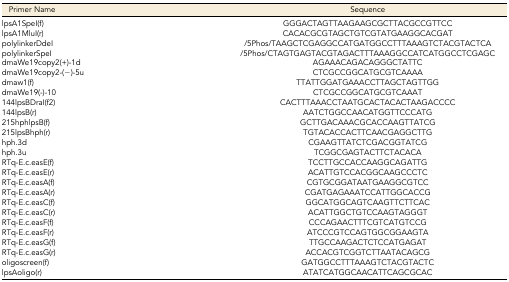
| Primer Name | Sequence |
 | --- | --- |
 | lpsA1SpeI(f) | GGGACTAGTTAAGAAGCGCTTACGCCGTTCC |
 | lpsA1MluI(r) | CACACGCGTAGCTGTCGTATGAAGGCACGAT |
 | polylinkerDdeI | /5Phos/TAAGCTCGAGGCCATGATGGCCTTTAAAGTCTACGTACTCA |
 | polylinkerSpeI | /5Phos/CTAGTGAGTACGTAGACTTTAAAGGCCATCATGGCCTCGAGC |
 | dmaWe19copy2(+)-1d | AGAAACAGACAGGGCTATTC |
 | dmaWe19copy2-(−)-5u | CTCGCCGGCATGCGTCAAAA |
 | dmaw1(f) | TTATTGGATGAAACCTTAGCTAGTTGG |
 | dmaWe19(-)-10 | CTCGCCGGCATGCGTCAAAT |
 | 144lpsBDraI(f2) | CACTTTAAACCTAATGCACTACACTAAGACCCC |
 | 144lpsB(r) | AATCTGGCCAACATGGTTCCCATG |
 | 215hphlpsB(f) | GCTTGACAAACGCACCAAGTTATCG |
 | 215lpsBhph(r) | TGTACACCACTTCAACGAGGCTTG |
 | hph.3d | CGAAGTTATCTCGACGGTATCG |
 | hph.3u | TCGGCGAGTACTTCTACACA |
 | RTq-E.c.easE(f) | TCCTTGCCACCAAGGCAGATTG |
 | RTq-E.c.easE(r) | ACATTGTCCACGGCAAGCCCTC |
 | RTq-E.c.easA(f) | CGTGCGGATAATGAAGGCGTCC |
 | RTq-E.c.easA(r) | CGATGAGAAATCCATTGGCACCG |
 | RTq-E.c.easC(f) | GGCATGGCAGTCAAGTTCTTCAC |
 | RTq-E.c.easC(r) | ACATTGGCTGTCCAAGTAGGGT |
 | RTq-E.c.easF(f) | CCCAGAACTTTCGTCATGTCCG |
 | RTq-E.c.easF(r) | ATCCCGTCCAGTGGCGGAAGTA |
 | RTq-E.c.easG(f) | TTGCCAAGACTCTCCATGAGAT |
 | RTq-E.c.easG(r) | ACCACGTCGGTCTTAATACAGCG |
 | oligoscreen(f) | GATGGCCTTTAAAGTCTACGTACTC |
 | lpsAoligo(r) | ATATCATGGCAACATTCAGCGCAC |